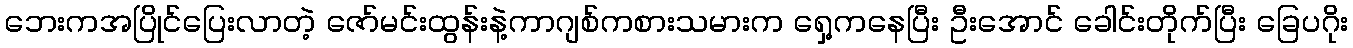
ဘေးကအပြိုင်ပြေးလာတဲ့ ဇော်မင်းထွန်းနဲ့ကာဂျစ်ကစားသမားက ရှေ့ကနေပြီး ဦးအောင် ခေါင်းတိုက်ပြီး ခြေပဂိုး